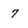
Character: 7